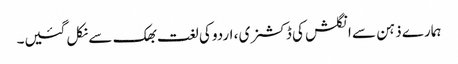
ہمارے ذہن سے انگلش کی ڈکشنری ، اردو کی لغت بھک سے نکل گئیں۔